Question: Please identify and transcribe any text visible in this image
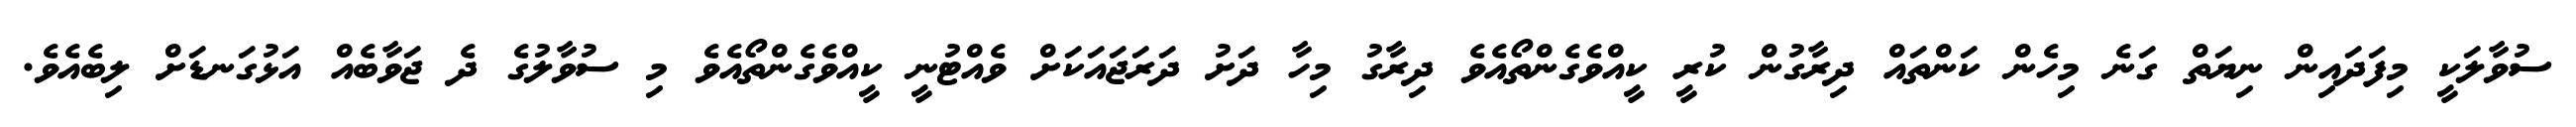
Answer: ސުވާލަކީ މިފަދައިން ނިޔަތް ގަނެ މިހެން ކަންތައް ދިރާގުން ކުރީ ކީއްވެގެންތޯއެވެ ދިރާގު މިހާ ދަށު ދަރަޖައަކަށް ވެއްޓުނީ ކީއްވެގެންތޯއެވެ މި ސުވާލުގެ ދެ ޖަވާބެއް އަޅުގަނޑަށް ލިބެއެވެ.